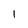
Character: 1